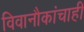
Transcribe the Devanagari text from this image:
विवानौकांचाही